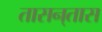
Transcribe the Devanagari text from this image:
तासन्‌तास